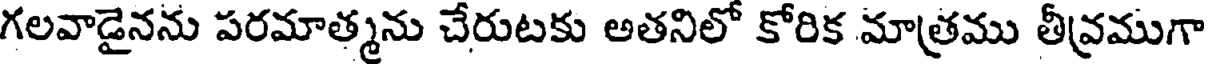
గలవాడైనను పరమాత్మను చేరుటకు అతనిలో కోరిక మాత్రము తీవ్రముగా